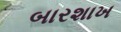
બારશાખ